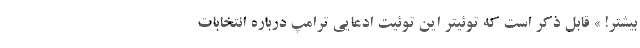
بیشتر! » قابل ذکر است که توئیتر این توئیت ادعایی ترامپ درباره انتخابات